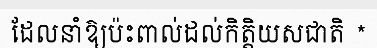
ដែលនាំឱ្យប៉ះពាល់ដល់កិត្តិយសជាតិ *